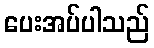
ပေးအပ်ပါသည်